Scottish Leaving Certificate Examination, 1959
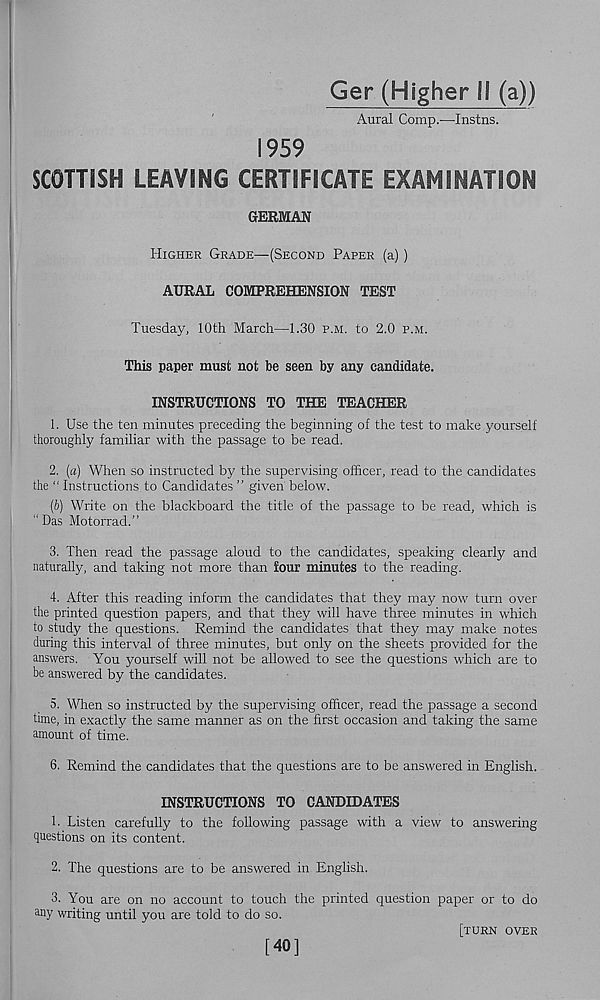
Ger (Higher li (a))
Aural Comp.—Instils.
1959
SCOTTISH LEAVING CERTIFICATE EXAMINATION
GERMAN
Higher Grade—(Second Paper (a) )
AURAL COMPREHENSION TEST
Tuesday, 10th March—1.30 p.m. to 2.0 p.m.
This paper must not be seen by any candidate.
INSTRUCTIONS TO THE TEACHER
1. Use the ten minutes preceding the beginning of the test to make yourself
thoroughly familiar with the passage to be read.
2. (a) When so instructed by the supervising officer, read to the candidates
the " Instructions to Candidates ” given below.
(b) Write on the blackboard the title of the passage to be read, which is
“Das Motorrad.”
3. Then read the passage aloud to the candidates, speaking clearly and
naturally, and taking not more than four minutes to the reading.
4. After this reading inform the candidates that they may now turn over
the printed question papers, and that they will have three minutes in which
to study the questions. Remind the candidates that they may make notes
during this interval of three minutes, but only on the sheets provided for the
answers. You yourself will not be allowed to see the questions which are to
be answered by the candidates.
5. When so instructed by the supervising officer, read the passage a second
time, in exactly the same manner as on the first occasion and taking the same
amount of time.
6. Remind the candidates that the questions are to be answered in English.
INSTRUCTIONS TO CANDIDATES
1. Listen carefully to the following passage with a view to answering
questions on its content.
2. The questions are to be answered in English.
3. You are on no account to touch the printed question paper or to do
any writing until you are told to do so.
[turn over
[40]